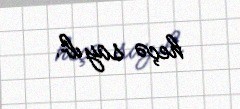
heçə sayıb.